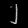
Digit: ၂